Annual report of the Imperial Bacteriologist
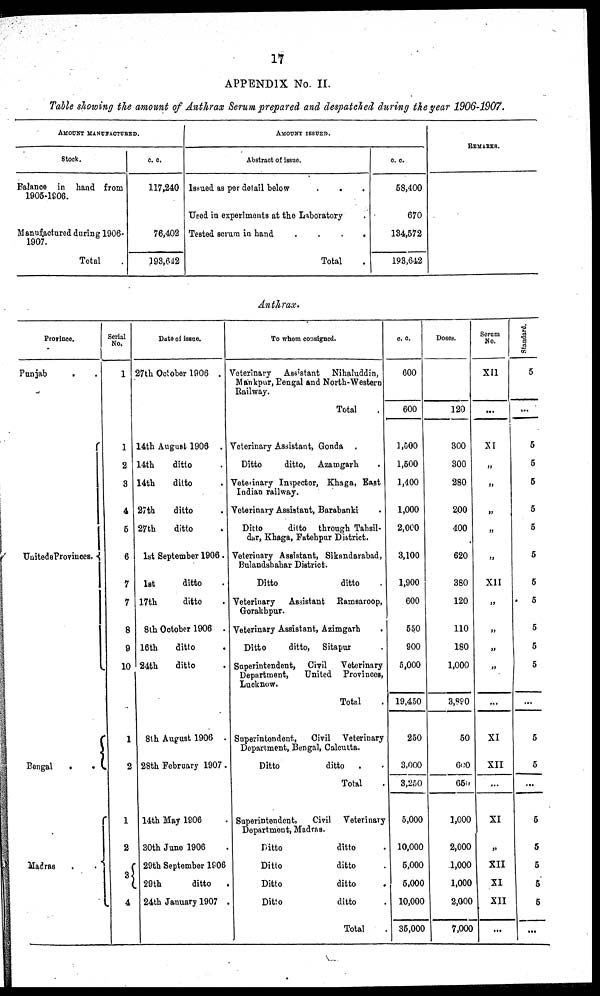
17
APPENDIX No. II.
Table showing the amount of Anthrax Serum prepared and despatched during the year 1906-1907.
AMOUNT MANUFACTURED.
Stock.
Balance in hand from
1905-1906.
Manufactured during 1906-
1907.
Total
c. c.
117,240
76,402
193,642
AMOUNT ISSUED.
Abstract of issue.
Issued as per detail below
Used in experiments at the Laboratory
Tested serum in hand
....
Total .
c. c.
58,400
670
134,572
193,642
REMARKS.
Anthrax.
Province.
Punjab
. .
Unitede Provinces.{
Bengal . . {
Madras..{
Serial
No.
1
1
2
3
4
5
6
7
7
8
9
10
1
2
1
2
3{
4
Date of issue.
27th October 1906 .
14th August 1906 .
14th
ditto .
14th
ditto .
27th
ditto .
27th
ditto .
1st September 1906.
1st
ditto .
17th
ditto .
8th October 1906 .
16th
ditto .
24th
ditto .
8th August 1906 .
28th February 1907.
14th May 1906 .
30th June 1906 .
29th September 1906
29th
ditto .
24th January 1907 .
To whom consigned.
Veterinary Assistant Nihaluddin,
Mankpur, Bengal and North-Western
Railway.
Total .
Veterinary Assistant, Gonda .
Ditto
ditto, Azamgarh
.
Veterinary Inspector, Khaga, East
Indian railway.
Veterinary Assistant, Barabanki .
Ditto
ditto through Tahsil¬
dar, Khaga, Fatehpur District.
Veterinary Assistant, Sikandarabad,
Bulandshahar District.
Ditto
ditto .
Veterinary Assistant Ramsaroop,
Gorakhpur.
Veterinary Assistant, Azimgarh
Ditto
ditto, Sitapur .
Superintendent, Civil Veterinary
Department,
United Provinces,
Lucknow.
Total .
Superintendent,
Civil Veterinary
Department, Bengal, Calcutta.
Ditto
ditto . .
Total .
Superintendent,
Civil Veterinary
Department, Madras.
Ditto
ditto .
Ditto
ditto .
Ditto
ditto
.
Ditto
ditto .
Total .
c. c.
600
600
1,500
1,500
1,400
1,000
2,000
3,100
1,900
600
550
900
5,000
19,450
250
3,000
3,250
5,000
10,000
5,000
5,000
10,000
35,000
Doses.
120
300
300
280
200
400
620
380
120
110
180
1,000
3,890
50
600
650
1,000
2,000
1,000
1,000
2,000
7,000
Serum
No.
XII
...
XI
„
„
„
„
„
XII
„
„
„
„
...
XI
XII
...
XI
„
XII
XI
XII
Standard.
5
...
5
5
5
5
5
5
5
5
5
5
5
...
5
5
...
5
5
5
5
5
...